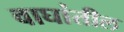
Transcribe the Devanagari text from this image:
वाघांतील